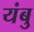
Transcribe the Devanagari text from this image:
यंबु